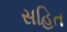
સહિત